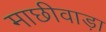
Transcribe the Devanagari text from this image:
माछीवाड़ा